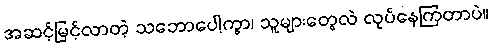
အဆင့်မြင့်လာတဲ့ သဘောပေါ့ကွာ၊ သူများတွေလဲ လုပ်နေကြတာပဲ။